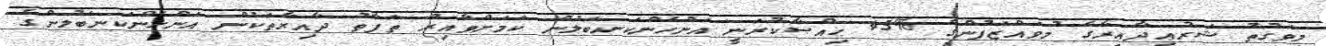
މިވަގުތު ޝަރުޢީދާއިރާގެ މުވައްޒަފުންގެ %45 ޙިއްޞާކުރަނީ އަންހެންކަނބަލުން ކަމަށްވާއިރު ތަފާތު ދާއިރާތަކުން އަންހެންކަނބަލުންގެ